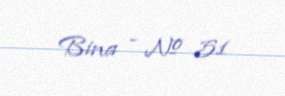
Bina - № 51